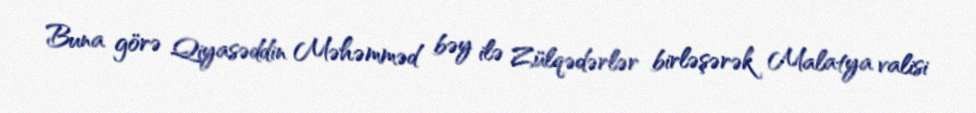
Buna görə Qiyasəddin Məhəmməd bəy ilə Zülqədərlər birləşərək Malatya valisi